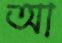
আ